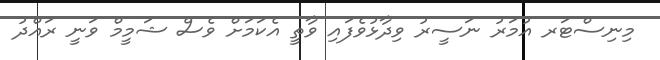
މިނިސްޓަރ އުމަރު ނަސީރު ވިދާޅުވެފައި ވާތީ އެކަމަށް ވެސް ޝަމީމް ވަނީ ރައްދު